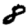
Digit: 8